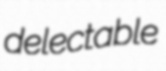
delectable